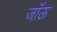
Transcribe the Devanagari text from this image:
जाँऊ